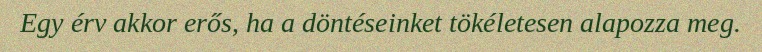
Egy érv akkor erős, ha a döntéseinket tökéletesen alapozza meg.